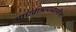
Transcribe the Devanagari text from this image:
माधवाश्रमस्वामींना